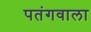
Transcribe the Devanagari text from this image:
पतंगवाला